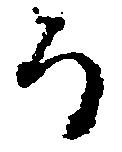
而